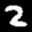
Label: 2